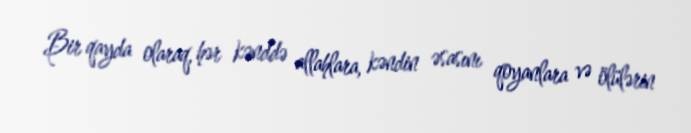
Bir qayda olaraq, hər kənddə allahlara, kəndin əsasını qoyanlara və ölülərin